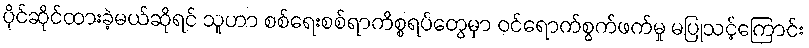
ပိုင်ဆိုင်ထားခဲ့မယ်ဆိုရင် သူဟာ စစ်ရေးစစ်ရာကိစ္စရပ်တွေမှာ ဝင်ရောက်စွက်ဖက်မှု မပြုသင့်ကြောင်း